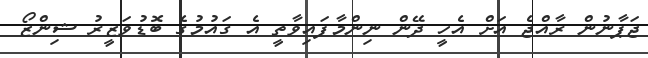
ޖަޕާނުން ރާއްޖެ އަށް އެހީ ދޭން ނިންމާފައިވާތީ އެ ގައުމުގެ ބޮޑުވަޒީރު ޝިންޒޯ